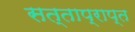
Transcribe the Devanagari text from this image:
सत्ताप्राप्त